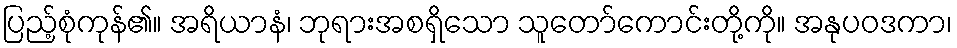
ပြည့်စုံကုန်၏။ အရိယာနံ၊ ဘုရားအစရှိသော သူတော်ကောင်းတို့ကို။ အနုပဝဒကာ၊